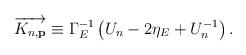
LaTeX: \begin{align*}\overrightarrow{K_{n,\mathbf{p}}}\equiv \Gamma _E^{-1}\left( U_n-2\eta_E+U_n^{-1}\right) .\end{align*}